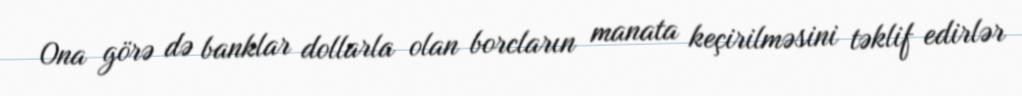
Ona görə də banklar dollarla olan borcların manata keçirilməsini təklif edirlər